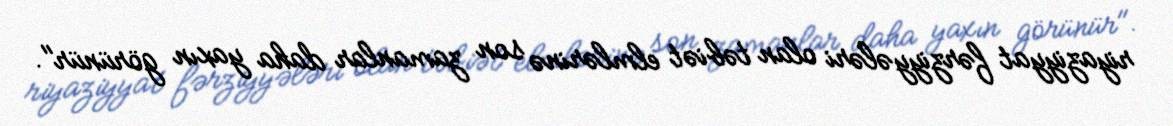
riyaziyyat fərziyyələri olan təbiət elmlərinə son zamanlar daha yaxın görünür".